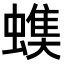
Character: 𧐃